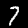
Label: 7